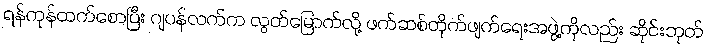
ရန်ကုန်ထက်စောပြီး ဂျပန်လက်က လွတ်မြောက်လို့ ဖက်ဆစ်တိုက်ဖျက်ရေးအဖွဲ့ကိုလည်း ဆိုင်းဘုတ်